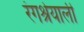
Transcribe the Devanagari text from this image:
रंगश्रेयाली